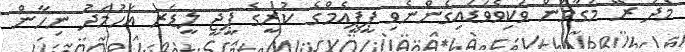
މެދު ރޭ މަގާމުން ވަކިވެވަަޑައިގެންނެވި ޕީޕީއެމްގެ ކުރީގެ ޕީޖީ ލީޑަރ އަހުމަދު ނިހާން